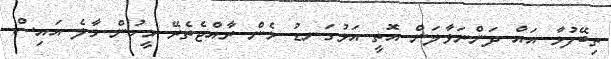
ތިބޭފުޅާ އައް ދަންނަވާލަން އޮތީ އަޅުގަނޑު މެން ރާއްޖެތެރޭ މީހުން މާލެ އައިސް